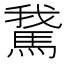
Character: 𩣨